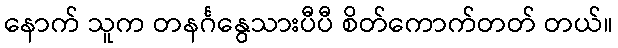
နောက် သူက တနင်္ဂနွေသားပီပီ စိတ်ကောက်တတ် တယ်။